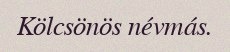
Kölcsönös névmás.